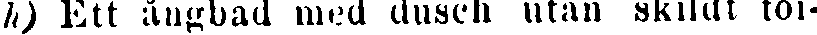
h) Ett ångbad med dusch utan skildt toi-